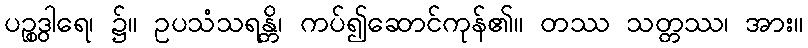
ပဉ္စဒွါရေ၊ ၌။ ဥပသံသရန္တိ၊ ကပ်၍ဆောင်ကုန်၏။ တဿ သတ္တဿ၊ အား။